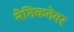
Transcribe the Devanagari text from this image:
नैतिकतेवर